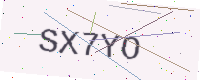
Text: SX7YO